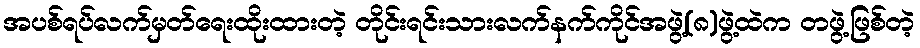
အပစ်ရပ်လက်မှတ်ရေးထိုးထားတဲ့ တိုင်းရင်းသားလက်နက်ကိုင်အဖွဲ့(၈)ဖွဲ့ထဲက တဖွဲ့ဖြစ်တဲ့